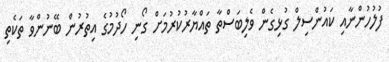
ފުލުހުންނާއި ކައުންސިލް ގުޅިގެން ވެލިބަސްތާ ތައްޔާރުކުރުމަށް ގޯނި ހޯދުމުގެ އިތުރުން ބޭނުންވާ ތަކެތި